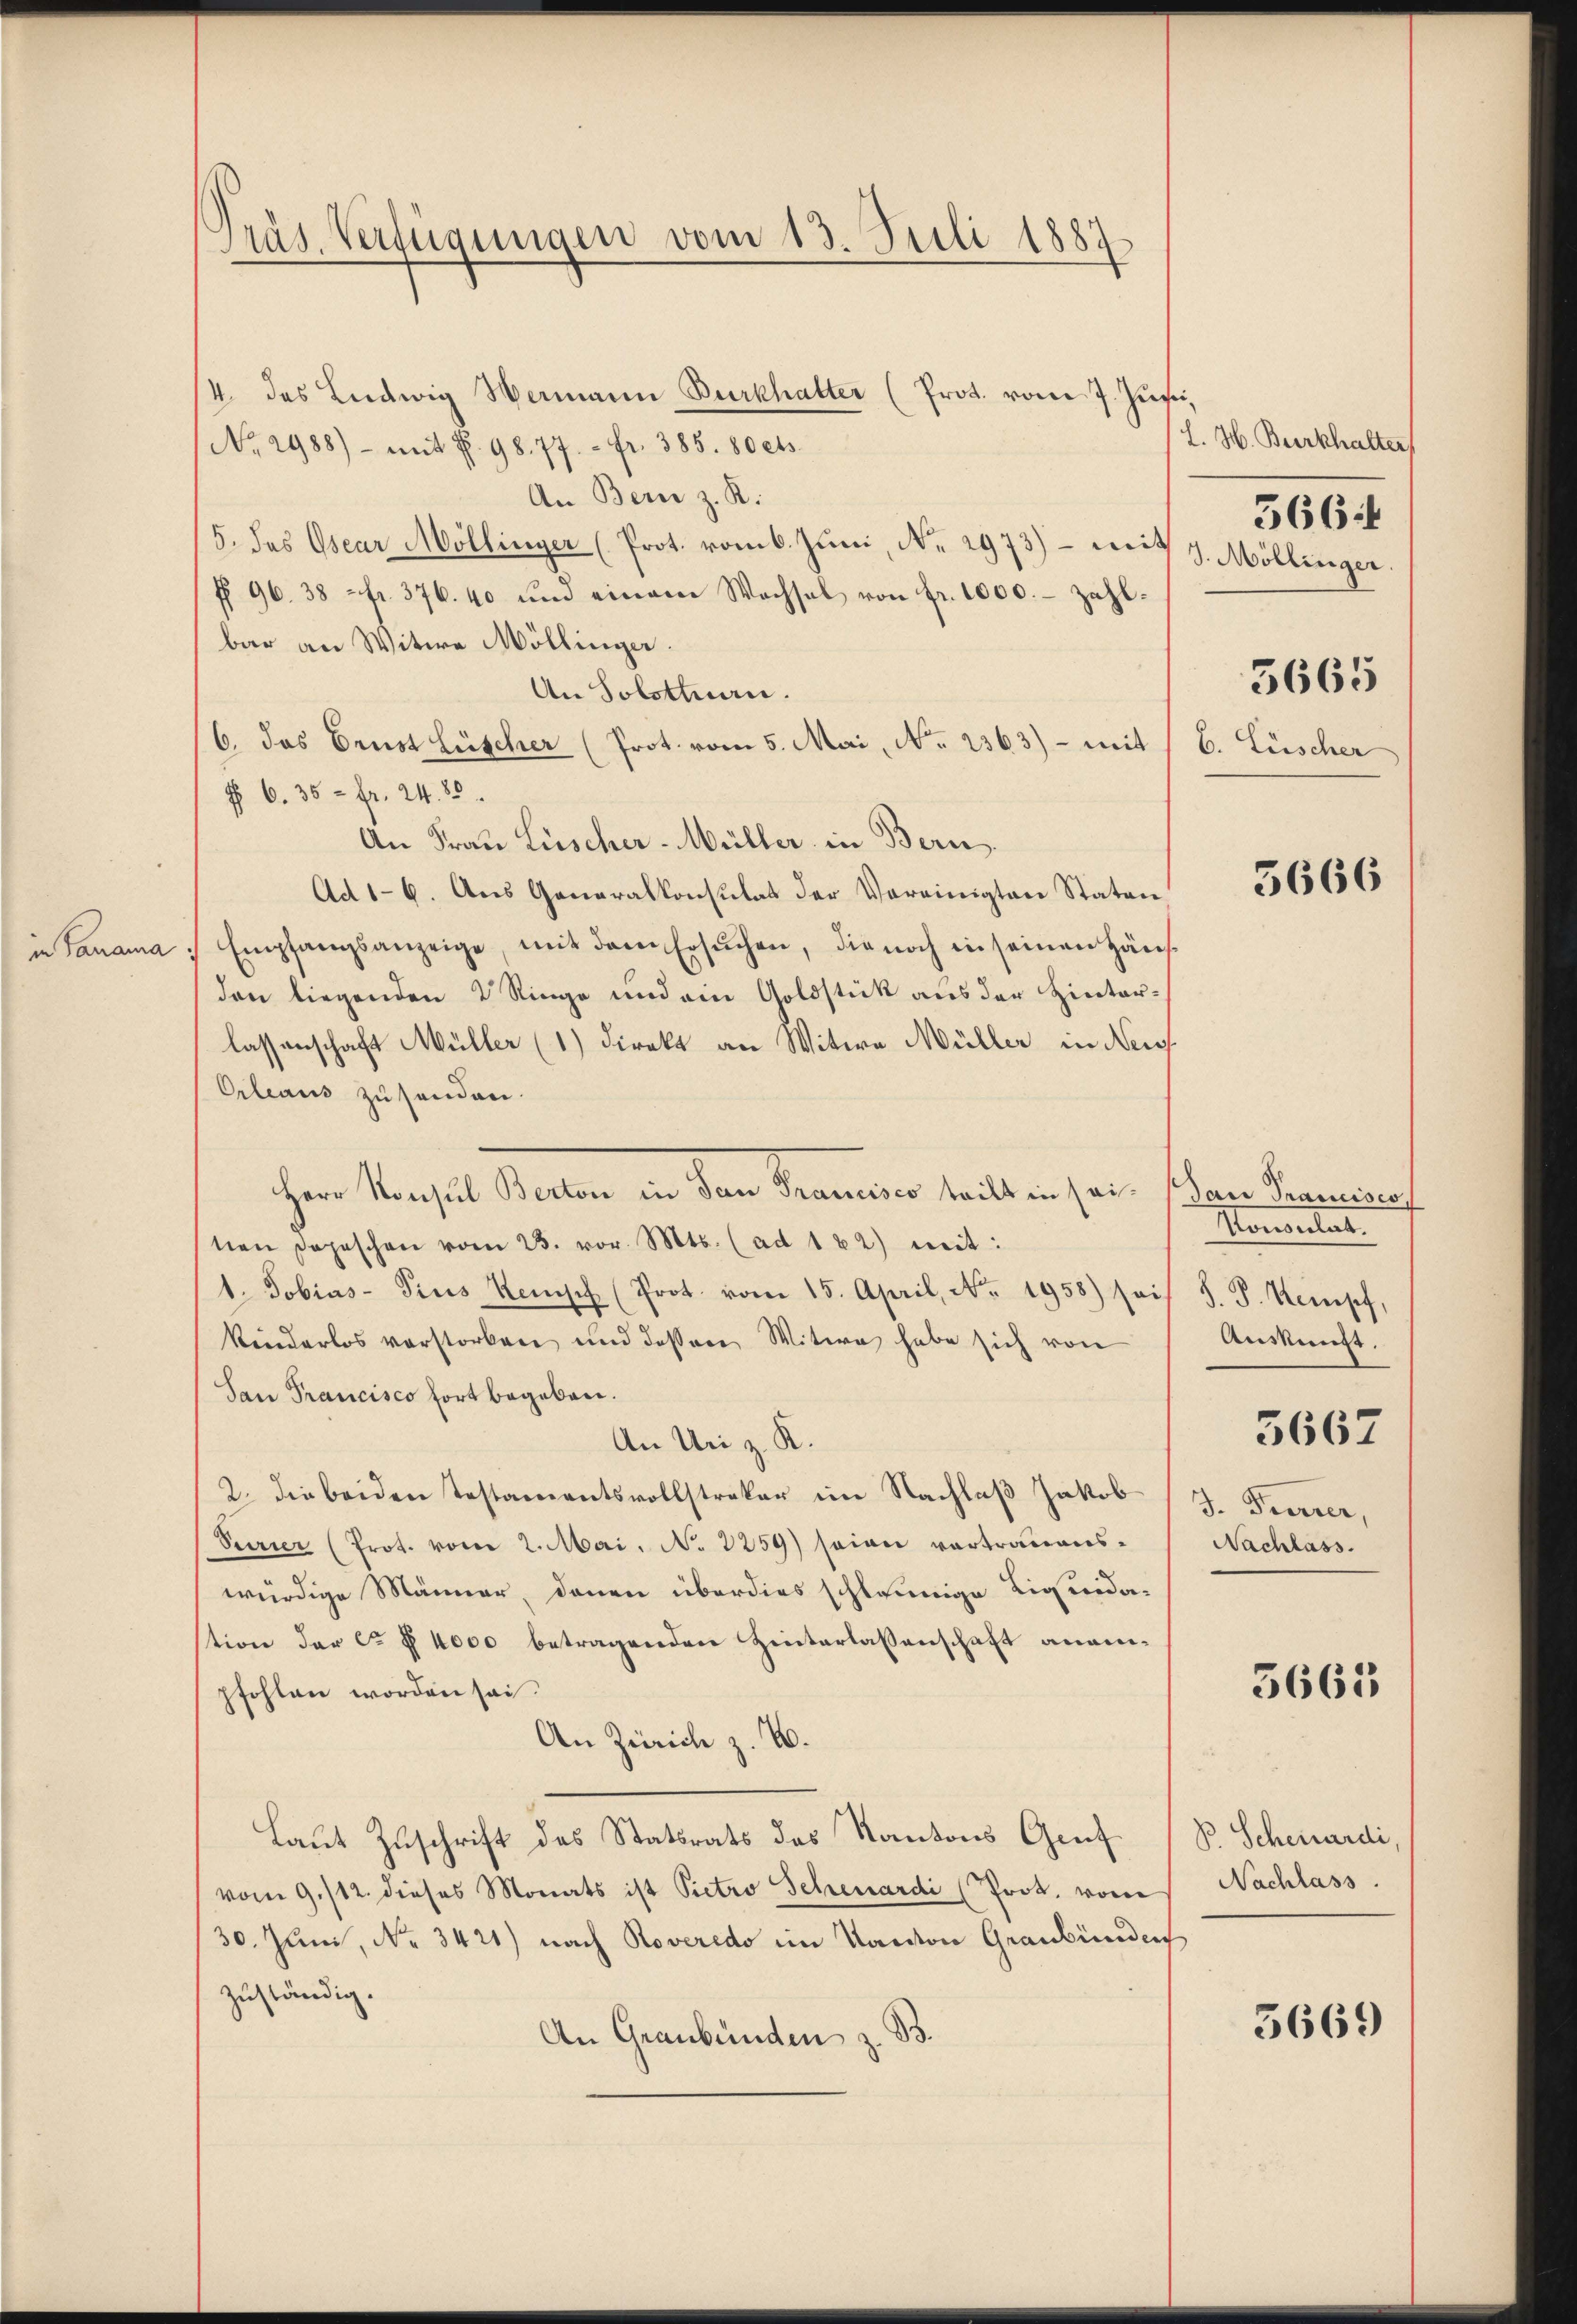
Präs. Verfügungen vom 13. Juli 1887

4. des Ludwig Wermann Burkhalter (Prot. vom 7. Junii,
No 2988) - mit S. 98. 77. - Fr. 385. 80 cts.
An Bern z. R.
5. des Osear Mollinger (Prot. vom 6. Juni, No. 2973) – mit 7. Möllinger.
f 96. 38 fr. 376. 40 und einem Wachsel von fr. 1000.- zahl.
bar an Witwe Möllinger.
An Solothurn.
6. das Brust Lüscher (Prot. vom 5. Mai, No. 2363) - mit
§ 6. 35 = Fr. 24. 80.
An Frau Lüscher-Müller in Bern.
Ad 16. Aus Generalkonsulat der Vereinigten Staten
in Panama / Empfangsanzeige, mit dem Ersŭchen, die noch in seinen Häus-
den liegenden 2 Ringe und ein Goldstück aus der Hinterlassenschaft Müller (1) Direkt an Witwe Müller in Neig
Orleaus zu senden.
chen Parzel Statten an dem Kammer seiten sei,
nen Depeschen vom 25. vor. Mts. (ad 182) mit:
1. Tobias- Pius Keusch (Prot. vom 15. April, No. 1958) seit J. J. Kempf,
kinderlos verstorben und dessene Witwe habe sich von
San Francisco fort begeben.
An Uri z. K.
2. die beiden Testamentsvollstreker im Nachlaß Jakob
Serier (Prot. vom 2. Mai, No 1259) seien vortrauenswürdige Männer, denen überdies schleunige Liquidation der ca fl. 4000 betragenden Hinterlassenschaft anampfohlen worden sei.
An Zürich z. B.
Laut Zuschrift des Statsrats des Kantons Gruf
vom 9./12. dieses Monats ist Pietro Schenardi (Prot. vom
30. Juni, No. 3421) nach Roveredo im Kanton Graubünden
zuständig.
An Graubünden z. B.

L. H. Burkhalter
3665
b. Lüscher

5664

5666

dan Trancisco
Konsulat.
Auskunft.
5662
J. Ferier,
Nachlass.

5661

P. Schenardi,
Nachlass.

5669